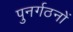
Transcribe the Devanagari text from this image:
पुनर्गठनों